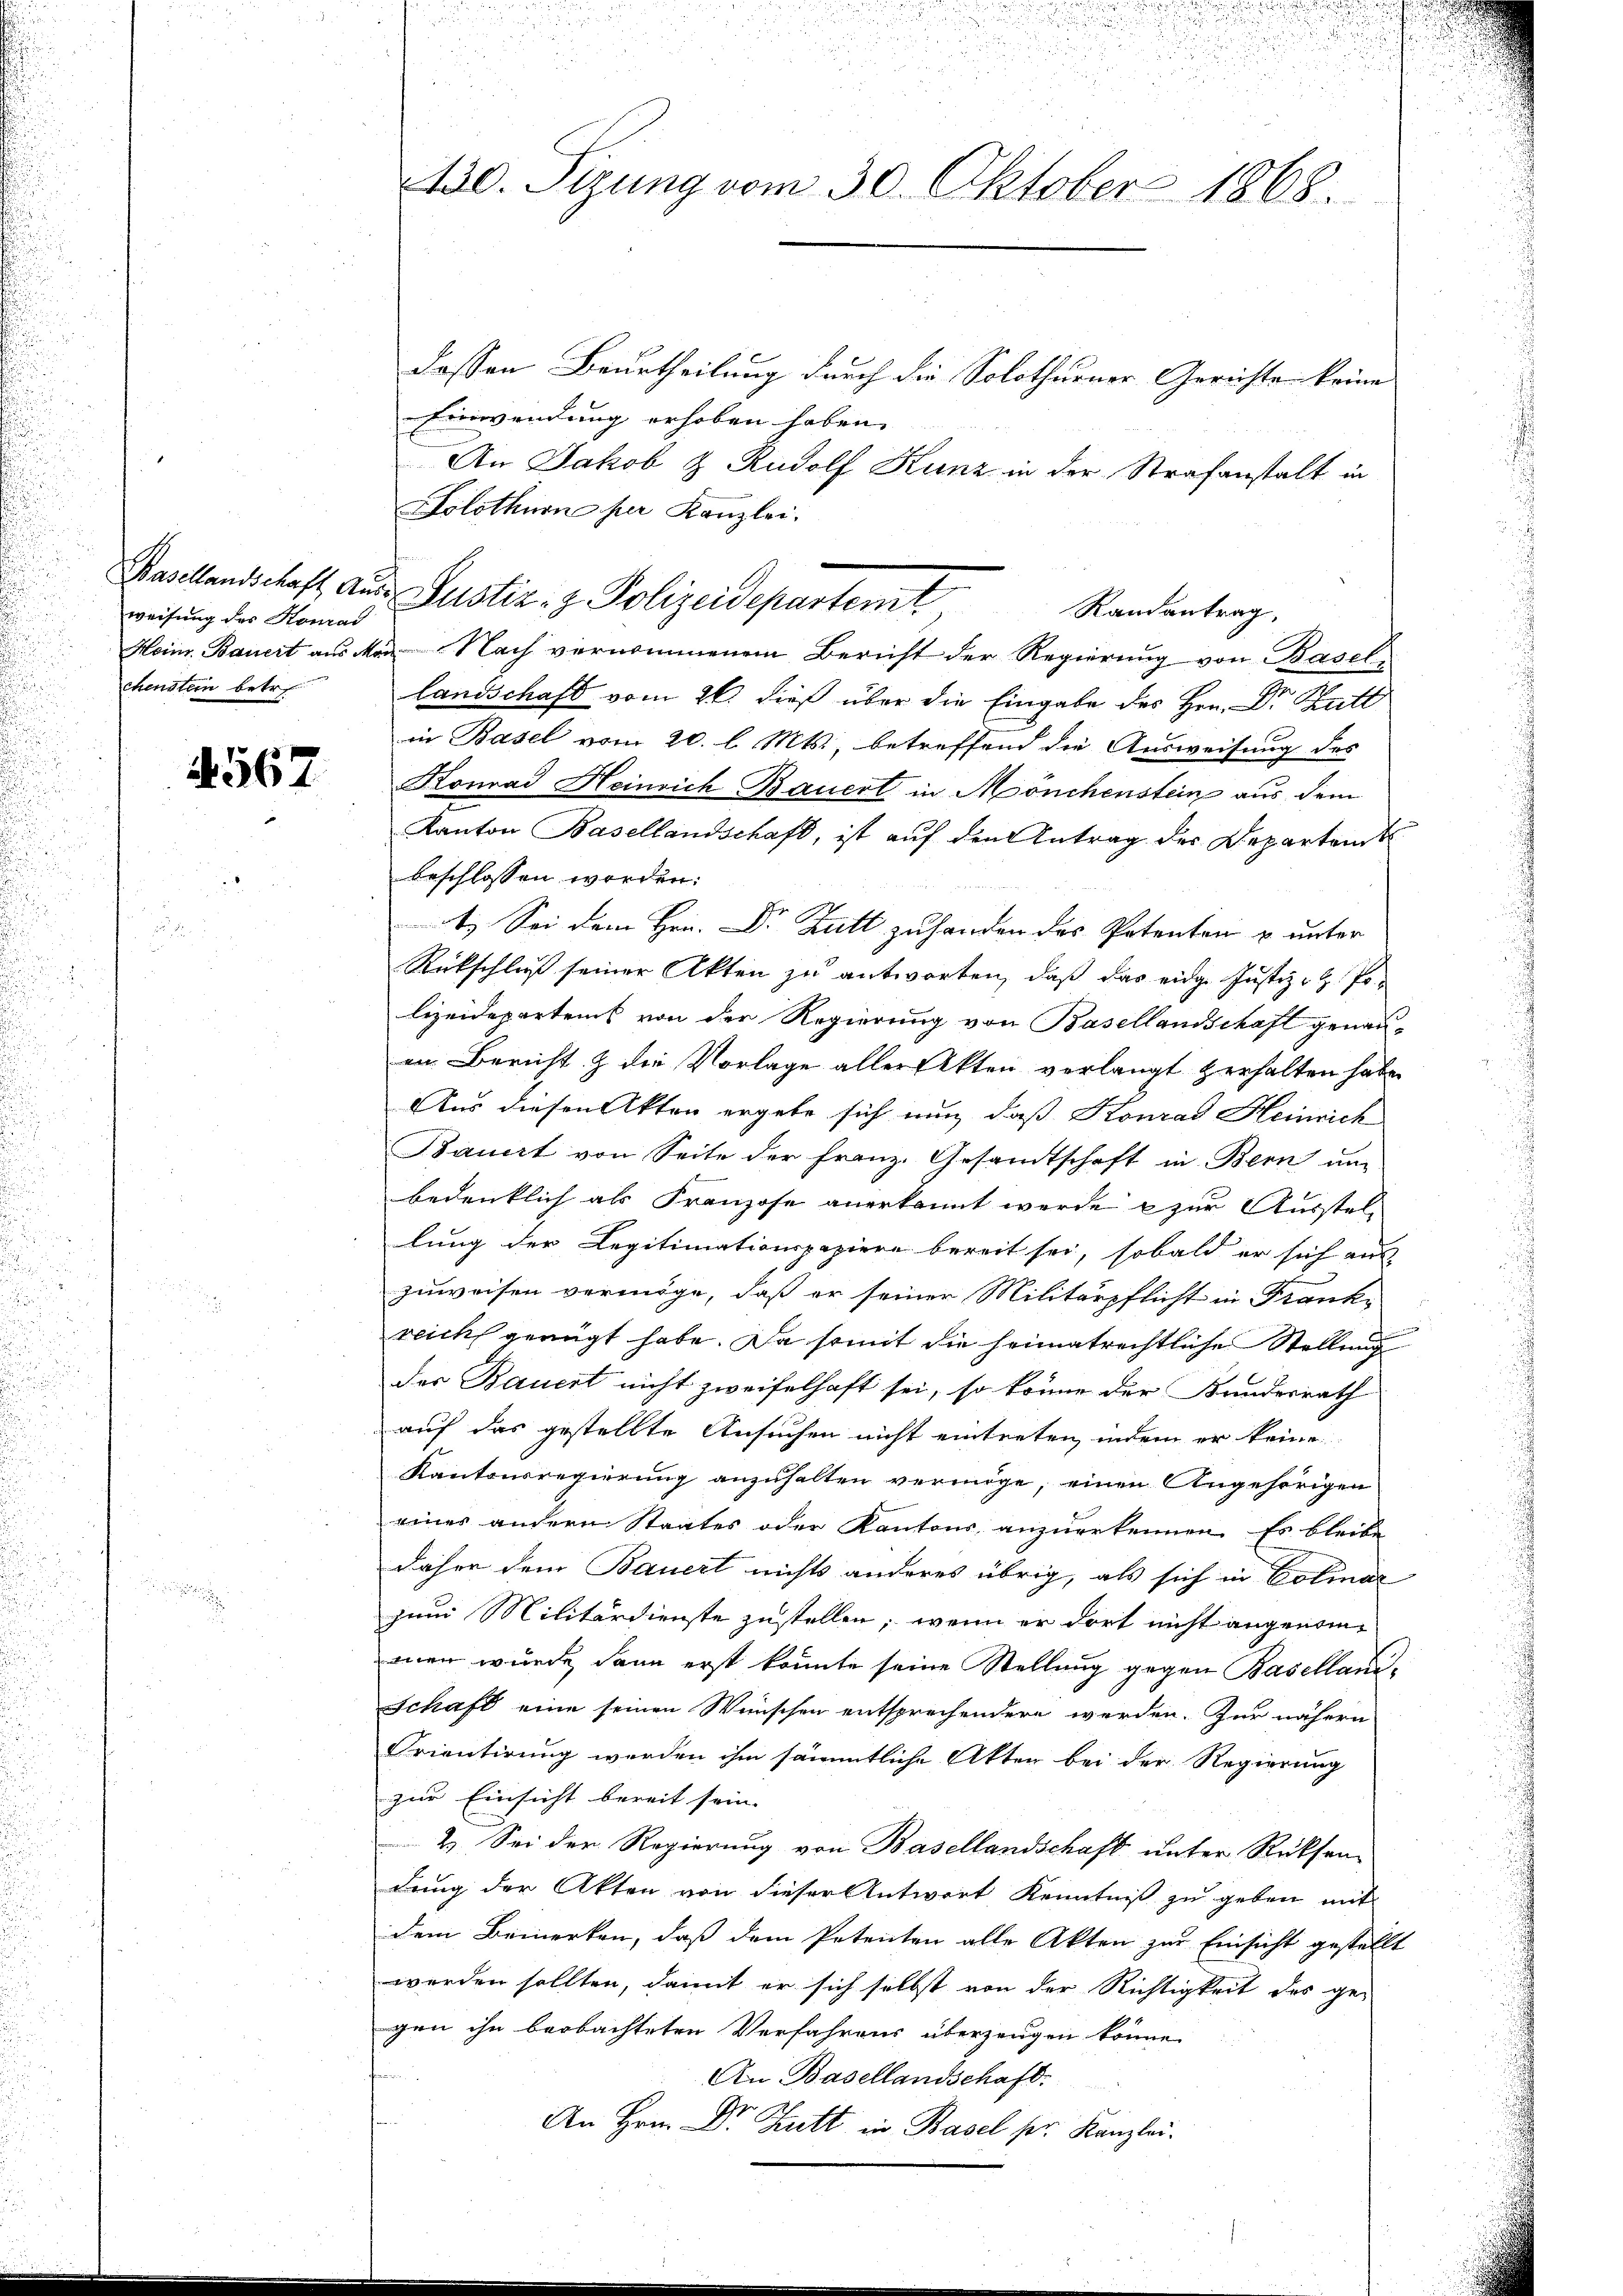
weisung des Konrad
chenstein betr.

4567

dessen Beurtheilung durch die Solothurner Gerichte keine
Einwendung erhoben haben.
An Jakob & Rudolf Kunz in der Strafanstalt in
Solothurn per Kanzlei.
Basellandschaft aus Justiz- & Polizeidepartemt
landschaft vom 26. dieß über die Eingabe des Hrn. Dr. Butt
in Basel vom 20. l. Mts., betreffend die Ausweisung des
Konrad Heinrich Bauert in Mönchenstein aus dem
Kanton Basellandschaft, ist auf den Antrag der Departents
beschlossen worden:
1.) Sei dem Hrn. Dr. Zutt zu handen des Petenten u unter
Rückschluß seiner Akten zu antworten, daß das eidge Justiz- & Polizeidepartems von der Regierung von Basellandschaft genannen Bericht & die Vorlage aller Akten verlangt zerhalten habe.
Aus diesen Akten ergebe sich nun daß Konrad Heinrich
Bauert von Seite der Franz. Gesamtschaft in Bern un
bedenklich als Franzose anerkannt werde & zur Ausstel-
lung der Legitimationspapiere bereit sei, sobald er sich aus
zuweisen vermöge, daß er seiner Militärpflicht in Franki
reich genügt habe. Da somit die heimatrechtliche Stellung
der Bauert nicht zweifelhaft sei, so könne der Bundesrath
auf das gestellte Ansuchen nicht eintreten, indem er keine
Kantonsregierung anzuhalten vermöge, einen Angehörigen
eines andern Staates oder Kantons anzuerkennen. Es bleibe
daher dem Bauert nichts anderes übrig, als sich in Polinar
zum Militärdienste zustellen; wenn er dort nicht angenommner wurde, dann erst könnte seine Stellung gegen Baselland¬
Schaft eine seinen Wünschen entsprechendern werden. Zur nähern
Orientirung werden ihm sämmtliche Akten bei der Regierung
zur Einsicht bereit sein. |
2. Sei der Regierung von Basellandschaft unter Rücksen-
dung der Akten von dieser Antwort Kenntniß zu geben mit
dem Bemerken, daß dem Petenten alle Akten zur Einsicht gestellt
werden sollten, damit er sich selbst von der Richtigkeit des ge-
gen ihn beobachteten Verfahrens überzeugen könne.
.
An Basellandschaft.
2
An Hrn. D. Tutt in Basel ser Kanzlei.

130. Sizung vom 30. Oktober 1868.

Randantrag,
Heinr. Bauert aus Man Nach vernommenem Bericht der Regierung von Basel

.